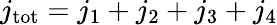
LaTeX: j_{\mathrm{tot}}=j_{1}+j_{2}+j_{3}+j_{4}